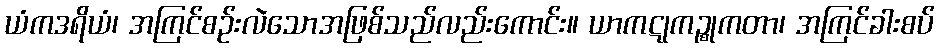
ယံကဒရိယံ၊ အကြင်စဉ်းလဲသောအဖြစ်သည်လည်းကောင်း။ ယာကဋုကဉ္စုကတာ၊ အကြင်ခါးစပ်